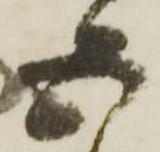
五